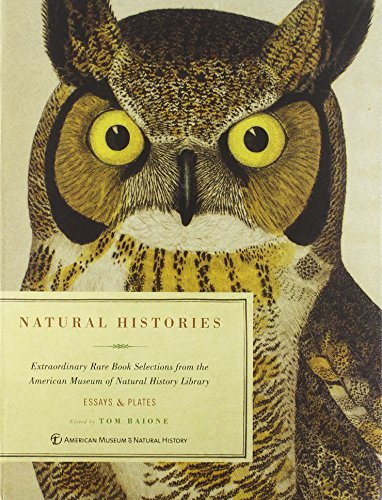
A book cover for Natural Histories: Extraordinary Rare Book Selections from the American Museum of Natural History Library; Science & Math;